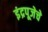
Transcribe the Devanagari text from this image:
इंद्रपूजेचे